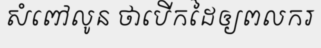
សំពៅលូន ថាបើកដៃឲ្យពលករ